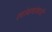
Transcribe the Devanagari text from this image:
लांबलांबची